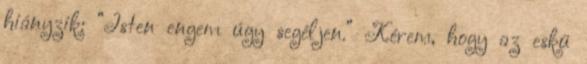
hiányzik: “Isten engem úgy segéljen.” Kérem, hogy az eskü